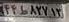
۴۴ط۸۲۷۱۳